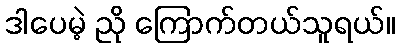
ဒါပေမဲ့ ညို ကြောက်တယ်သူရယ်။